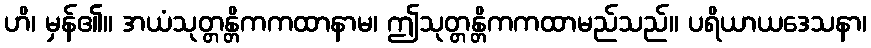
ဟိ၊ မှန်၏။ အယံသုတ္တန္တိကကထာနာမ၊ ဤသုတ္တန္တိကကထာမည်သည်။ ပရိယာယဒေသနာ၊